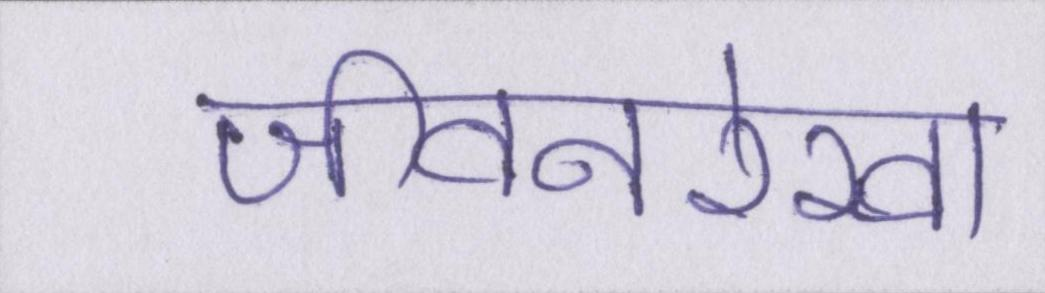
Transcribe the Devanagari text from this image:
जीवनरेखा